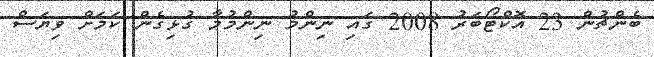
ބެންޗުން 23 އޮކްޓޯބަރު 2008 ގައި ނިންމު ނިންމުމާ ގުޅިގެން ކަމަށް ވިޔަސް